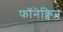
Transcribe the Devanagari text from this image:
फॉनेक्विन